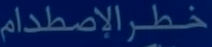
خطرالإصطدام